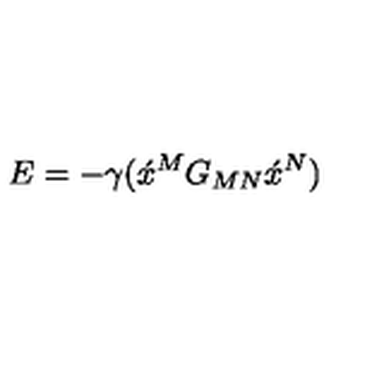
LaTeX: E = - \gamma ( \acute { x } \vphantom { x } ^ { M } G _ { M N } \acute { x } \vphantom { x } ^ { N } )